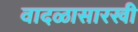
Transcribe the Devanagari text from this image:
वादळासारखी